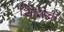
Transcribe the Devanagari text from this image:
शिंदीचा